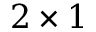
2 \times 1